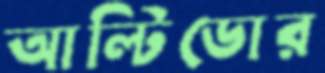
আল্টিডোর